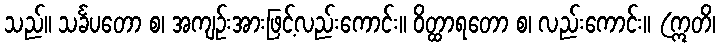
သည်။ သင်္ခပတော စ၊ အကျဉ်းအားဖြင့်လည်းကောင်း။ ဝိတ္ထာရတော စ၊ လည်းကောင်း။ (ဣတိ၊